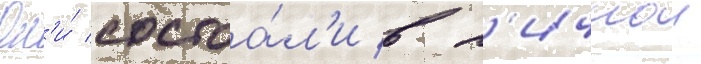
Он'и́ состоа́л'и в л'ичнои